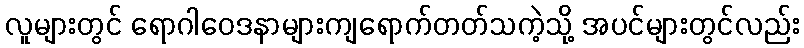
လူများတွင် ရောဂါဝေဒနာများကျရောက်တတ်သကဲ့သို့ အပင်များတွင်လည်း